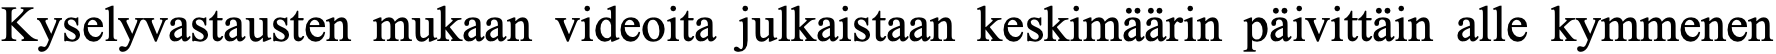
Kyselyvastausten mukaan videoita julkaistaan keskimäärin päivittäin alle kymmenen